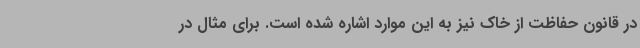
در قانون حفاظت از خاک نیز به این موارد اشاره شده است. برای مثال در